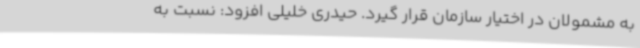
به مشمولان در اختیار سازمان قرار گیرد. حیدری خلیلی افزود: نسبت به